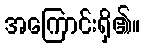
အကြောင်းရှိ၏။